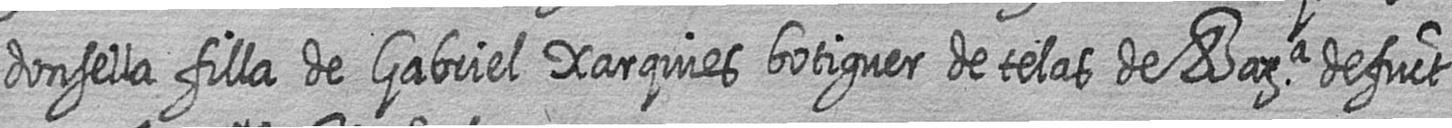
donsella filla de Gabriel Xarquies botiguer de telas de Bara defuct